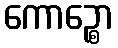
ကောဉ္စော